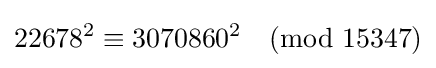
22678^{2}\equiv 3070860^{2}{\pmod {15347}}